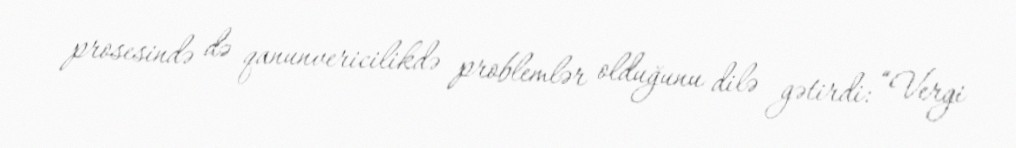
prosesində də qanunvericilikdə problemlər olduğunu dilə gətirdi: “Vergi